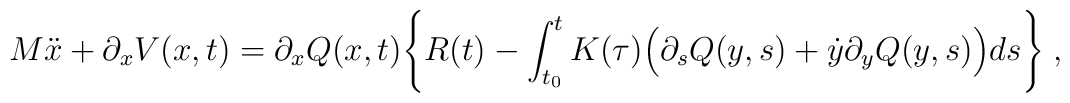
M\ddot{x} + \partial_{x}V(x,t) =\partial_{x}Q(x,t) \Bigg\{ R(t) -\int_{t_{0}}^{t} K(\tau)\Big( \partial_{s}Q(y,s)+ \dot{y}\partial_{y}Q(y,s) \Big) ds \Bigg\} \; ,